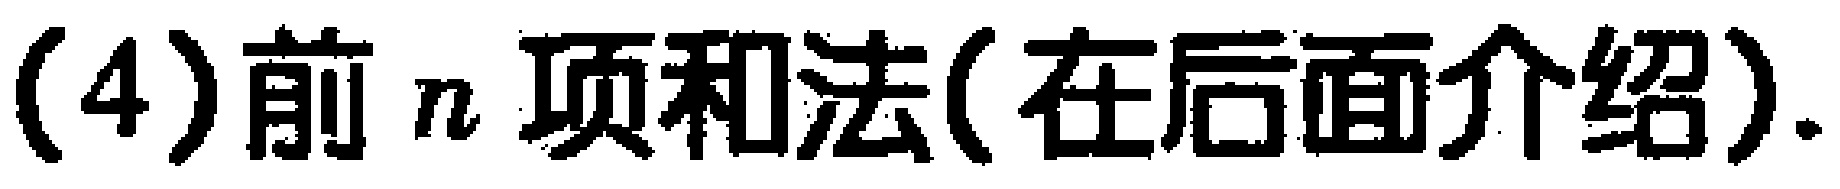
(4)前 \(n\) 项和法(在后面介绍).